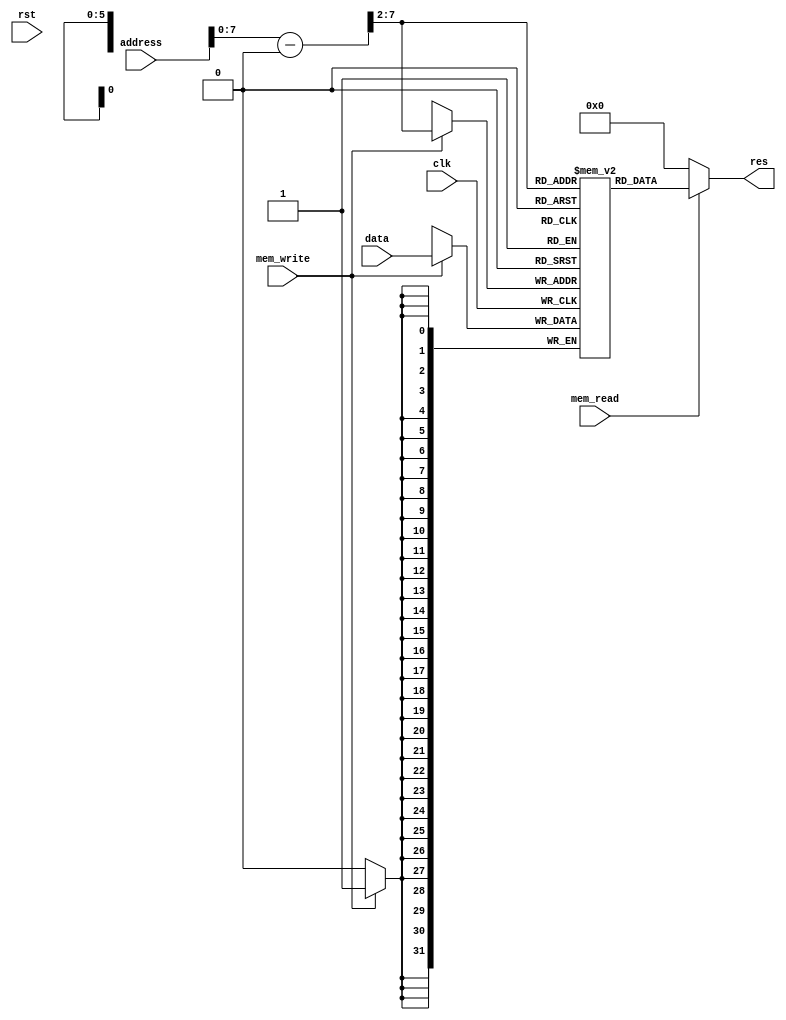
module Memory(
    clk,
	rst,
	mem_write,
	mem_read,
    address,
    data,
    res
);

	input clk, rst, mem_write, mem_read; 
    input [31:0] address; 
    input [31:0] data;
    output reg [31:0] res;

	reg [31:0] mem [0:63];
	
	always@(*)begin
		if(mem_read)
			res <= mem[(address - 1024) >> 2];
		else
			res <= 0;
	end
	
	always@(posedge clk)begin
			if(mem_write)begin
				mem[(address - 1024) >> 2] <= data;
		end
	end

endmodule